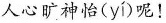
人心旷神怡( yí )呢！